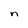
Character: n